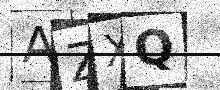
Text: AZXQ